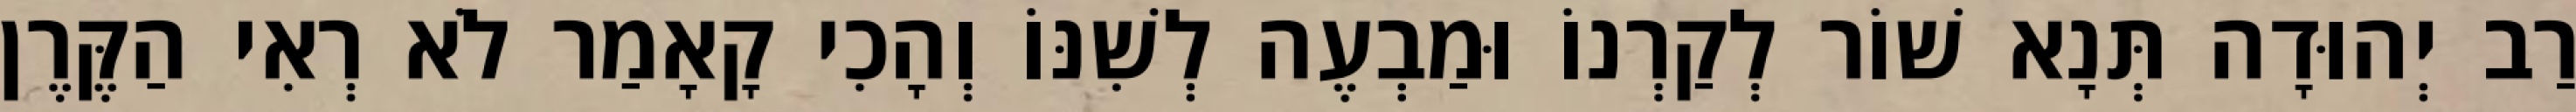
רַב יְהוּדָה תְּנָא שׁוֹר לְקַרְנוֹ וּמַבְעֶה לְשִׁנּוֹ וְהָכִי קָאָמַר לֹא רְאִי הַקֶּרֶן